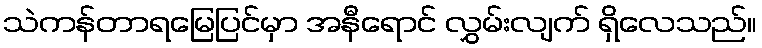
သဲကန်တာရမြေပြင်မှာ အနီရောင် လွှမ်းလျက် ရှိလေသည်။